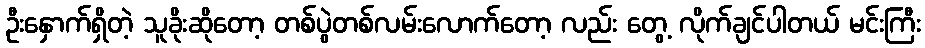
ဦးနှောက်ရှိတဲ့ သူခိုးဆိုတော့ တစ်ပွဲတစ်လမ်းလောက်တော့ လည်း တွေ့ လိုက်ချင်ပါတယ် မင်းကြီး